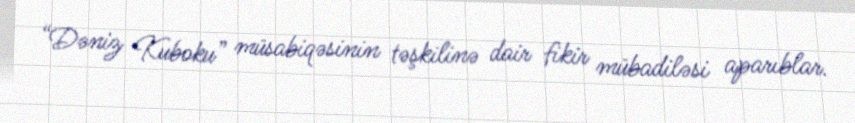
“Dəniz Kuboku” müsabiqəsinin təşkilinə dair fikir mübadiləsi aparıblar.